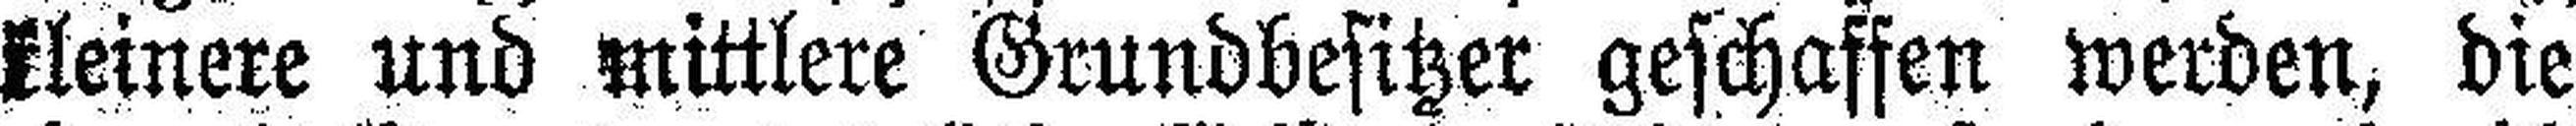
kleinere und mittlere Grundbesitzer geschaffen werden, die